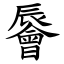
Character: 䢈